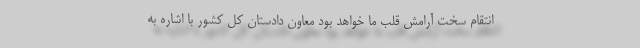
انتقام سخت آرامش قلب ما خواهد بود معاون دادستان کل کشور با اشاره به